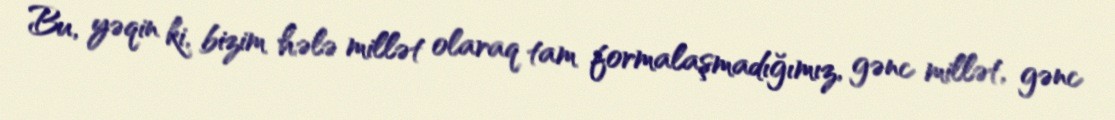
Bu, yəqin ki, bizim hələ millət olaraq tam formalaşmadığımız, gənc millət, gənc